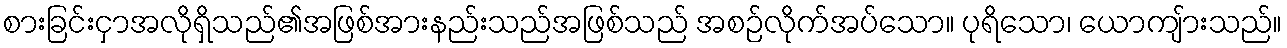
စားခြင်းငှာအလိုရှိသည်၏အဖြစ်အားနည်းသည်အဖြစ်သည် အစဉ်လိုက်အပ်သော။ ပုရိသော၊ ယောကျ်ားသည်။